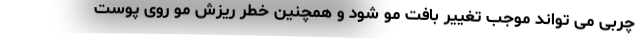
چربی می تواند موجب تغییر بافت مو شود و همچنین خطر ریزش مو روی پوست